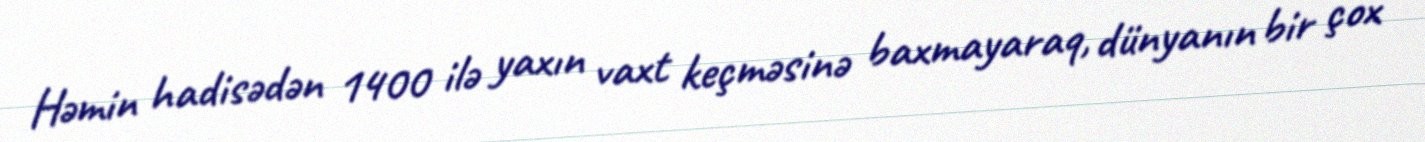
Həmin hadisədən 1400 ilə yaxın vaxt keçməsinə baxmayaraq, dünyanın bir çox